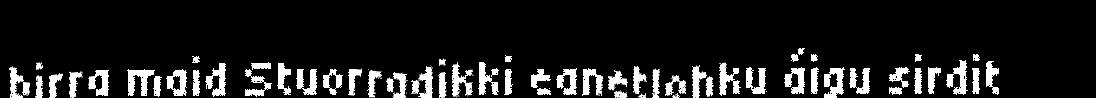
birra maid Stuorradikki eanetlohku áigu sirdit